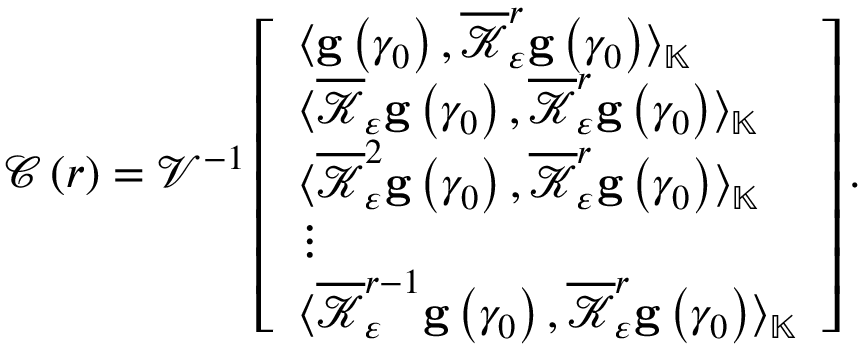
\begin{array} { r } { \mathcal { C } \left( r \right) = \mathcal { V } ^ { - 1 } \left[ \begin{array} { l } { \langle \mathbf { g } \left( \gamma _ { 0 } \right) , \overline { { \mathcal { K } } } _ { \varepsilon } ^ { r } \mathbf { g } \left( \gamma _ { 0 } \right) \rangle _ { \mathbb { K } } } \\ { \langle \overline { { \mathcal { K } } } _ { \varepsilon } \mathbf { g } \left( \gamma _ { 0 } \right) , \overline { { \mathcal { K } } } _ { \varepsilon } ^ { r } \mathbf { g } \left( \gamma _ { 0 } \right) \rangle _ { \mathbb { K } } } \\ { \langle \overline { { \mathcal { K } } } _ { \varepsilon } ^ { 2 } \mathbf { g } \left( \gamma _ { 0 } \right) , \overline { { \mathcal { K } } } _ { \varepsilon } ^ { r } \mathbf { g } \left( \gamma _ { 0 } \right) \rangle _ { \mathbb { K } } } \\ { \vdots } \\ { \langle \overline { { \mathcal { K } } } _ { \varepsilon } ^ { r - 1 } \mathbf { g } \left( \gamma _ { 0 } \right) , \overline { { \mathcal { K } } } _ { \varepsilon } ^ { r } \mathbf { g } \left( \gamma _ { 0 } \right) \rangle _ { \mathbb { K } } } \end{array} \right] . } \end{array}